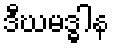
ဒီဃမဒ္ဓါန